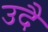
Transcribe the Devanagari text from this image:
उदै